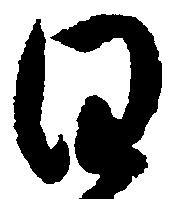
日